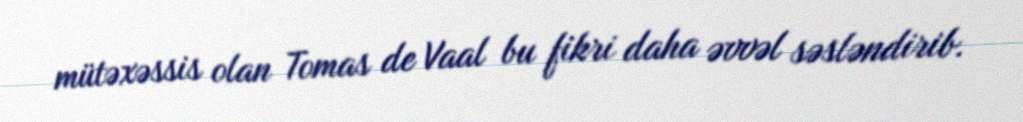
mütəxəssis olan Tomas de Vaal bu fikri daha əvvəl səsləndirib.